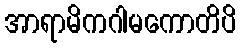
အာရာမိကဂါမကောတိပိ